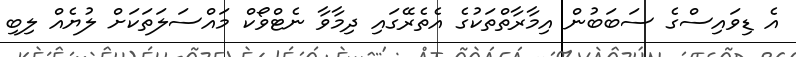
އެ ޑިވައިސްގެ ސަބަބުން އިމާރާތްތަކުގެ އެތެރޭގައި ދިމާވާ ނެޓްވޯކް މައްސަލަތަކަށް ލުޔެއް ލިބި